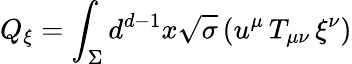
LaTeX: Q_{\xi}=\int_{\Sigma}d^{d-1}x\sqrt{\sigma}\, (u^{\mu}\, T_{\mu\nu}\, \xi^{\nu})